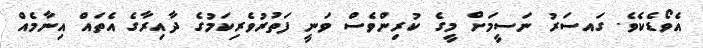
އެވޯޑެކެވެ. ގައސަރު ނަސީމަށް މީގެ ކުރިންވެސް ވަނީ ފަތުރުވެރިކަމުގެ ދާއިރާގެ އެތައް އިނާމެއް